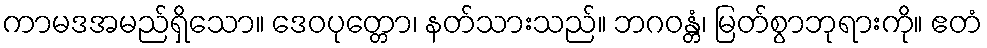
ကာမဒအမည်ရှိသော။ ဒေဝပုတ္တော၊ နတ်သားသည်။ ဘဂဝန္တံ၊ မြတ်စွာဘုရားကို။ ဧတံ